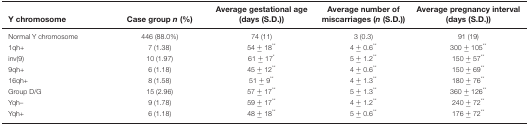
<table><thead><tr><td><b>Y chromosome</b></td><td><b>Case group <i>n</i> (%)</b></td><td><b>Average gestational age (days (S.D.))</b></td><td><b>Average number of miscarriages (<i>n</i> (S.D.))</b></td><td><b>Average pregnancy interval (days (S.D.))</b></td></tr></thead><tbody><tr><td>Normal Y chromosome</td><td>446 (88.0%)</td><td>74 (11)</td><td>3 (0.3)</td><td>91 (19)</td></tr><tr><td>1qh+</td><td>7 (1.38)</td><td>54 ± 18<sup>**</sup></td><td>4 ± 0.6<sup>**</sup></td><td>300 ± 105<sup>**</sup></td></tr><tr><td>inv(9)</td><td>10 (1.97)</td><td>61 ± 17<sup>*</sup></td><td>5 ± 1.2<sup>**</sup></td><td>150 ± 57<sup>**</sup></td></tr><tr><td>9qh+</td><td>6 (1.18)</td><td>45 ± 12<sup>**</sup></td><td>4 ± 0.6<sup>**</sup></td><td>150 ± 69<sup>**</sup></td></tr><tr><td>16qh+</td><td>8 (1.58)</td><td>51 ± 9<sup>**</sup></td><td>4 ± 1.3<sup>**</sup></td><td>180 ± 76<sup>**</sup></td></tr><tr><td>Group D/G</td><td>15 (2.96)</td><td>57 ± 17<sup>**</sup></td><td>5 ± 1.3<sup>**</sup></td><td>360 ± 126<sup>**</sup></td></tr><tr><td>Yqh–</td><td>9 (1.78)</td><td>59 ± 17<sup>**</sup></td><td>4 ± 1.2<sup>**</sup></td><td>240 ± 72<sup>**</sup></td></tr><tr><td>Yqh+</td><td>6 (1.18)</td><td>48 ± 18<sup>**</sup></td><td>5 ± 0.6<sup>**</sup></td><td>176 ± 72<sup>**</sup></td></tr></tbody></table>